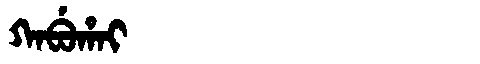
Manchu: ᡴᠠᠪᡠᡥᠠᡳ
Romanization: KABUHAI